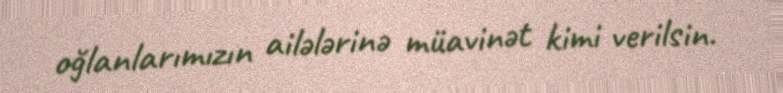
oğlanlarımızın ailələrinə müavinət kimi verilsin.